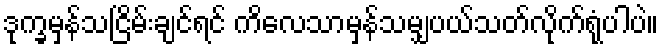
ဒုက္ခမှန်သငြိမ်းချင်ရင် ကိလေသာမှန်သမျှပယ်သတ်လိုက်ရုံပါပဲ။